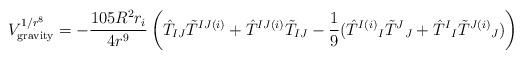
LaTeX: \begin{align*}V^{1/r^8}_{\rm gravity} = - {105 R^2 r_i\over 4 r^9} \left(\hat{T}_{IJ} \tilde{T}^{IJ(i)}+\hat{T}^{IJ(i)} \tilde{T}_{IJ} - {1 \over 9} (\hat{T}^{I(i)}{}_I \tilde{T}^J{}_J +\hat{T}^I{}_I\tilde{T}^{J(i)}{}_J )\right) \\\end{align*}